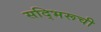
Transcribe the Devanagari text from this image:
सद्भिरूची